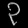
Digit: ၃